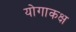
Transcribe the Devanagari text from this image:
योगाकक्ष